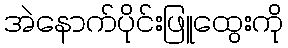
အဲနောက်ပိုင်းဖြူထွေးကို